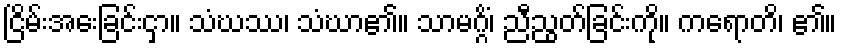
ငြိမ်းအေးခြင်းငှာ။ သံဃဿ၊ သံဃာ၏။ သာမဂ္ဂိံ၊ ညီညွတ်ခြင်းကို။ ကရောတိ၊ ၏။